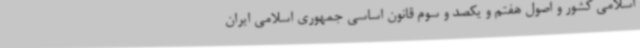
اسلامی کشور و اصول هفتم و یکصد و سوم قانون اساسی جمهوری اسلامی ایران